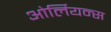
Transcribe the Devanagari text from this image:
ओर्लियन्स